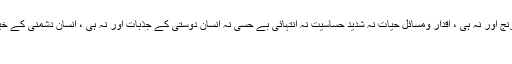
ساری ذمّے داریاں ختم نہ زندگانی نہ سماج نہ ہنسی خوشی نہ درد ورنج اور نہ ہی ، اقدار ومسائلِ حیات نہ شدید حسّاسیت نہ انتہائی بے حِسی نہ انسان دوستی کے جذبات اور نہ ہی ، انسان دشمنی کے خیالات نہ گھروالوں کے تقاضے نہ زندگانی کی ضرورتیں نہ کوئی ...
اے کاش ۔